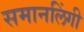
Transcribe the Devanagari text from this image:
समानलिंगी